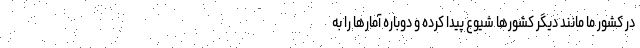
در کشور ما مانند دیگر کشورها شیوع پیدا کرده و دوباره آمارها را به